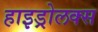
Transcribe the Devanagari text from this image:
हाइड्रोलक्स